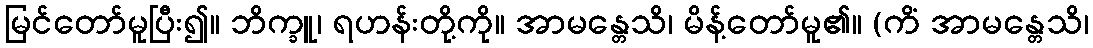
မြင်တော်မူပြီး၍။ ဘိက္ခူ၊ ရဟန်းတို့ကို။ အာမန္တေသိ၊ မိန့်တော်မူ၏။ (ကိံ အာမန္တေသိ၊